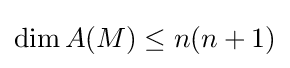
\dim A(M)\leq n(n+1)